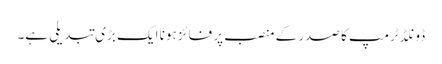
ڈونلڈ ٹرمپ کا صدر کے منصب پر فائز ہونا ایک بڑی تبدیلی ہے۔